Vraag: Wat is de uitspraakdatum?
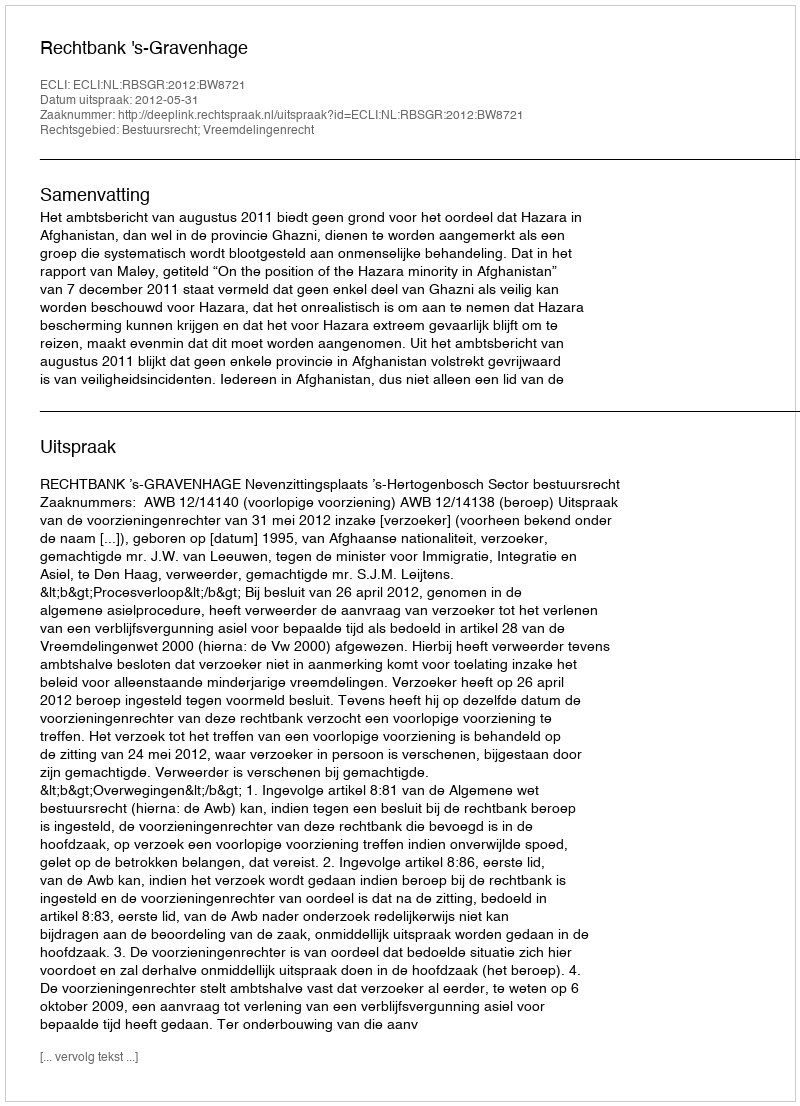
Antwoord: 2012-05-31